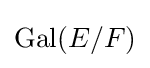
{\text{Gal}}(E/F)